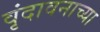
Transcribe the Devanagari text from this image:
वृंदावनाच्या